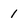
Character: 1